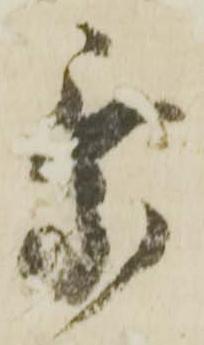
乗